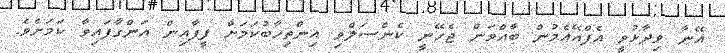
އޭނާ ވިދާޅުވީ އެފްއޭއެމުން ބާއްވަން ޖެހޭނީ ކެންސަލްވި އިންތިހާބުކަމަށް ފީފާއިން އަންގާފައިވާ ކަމަށެވެ.